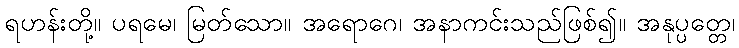
ရဟန်းတို့။ ပရမေ၊ မြတ်သော။ အရောဂေ၊ အနာကင်းသည်ဖြစ်၍။ အနုပ္ပတ္တေ၊